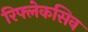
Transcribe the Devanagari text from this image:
रिफ्लेकसिव